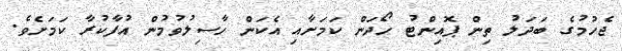
ޖެހުމުގެ ބަދަލު ތިން ޕޮއިންޓު ހޯދަން ކަމަށާއި އެކަން ހާސިލުވުމުން އުފާކުރާ ކަމަށެވެ.